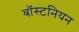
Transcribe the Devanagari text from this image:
बॉस्टनियन